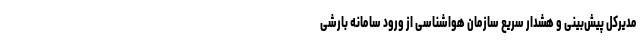
مدیرکل پیش‌بینی و هشدار سریع سازمان هواشناسی از ورود سامانه بارشی